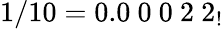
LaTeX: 1/10=0.0\ 0\ 0\ 2\ 2_{!}